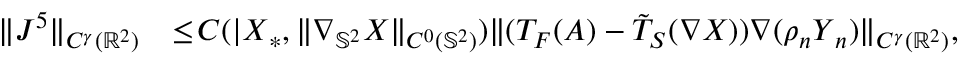
\begin{array} { r l } { \| J ^ { 5 } \| _ { C ^ { \gamma } ( \mathbb { R } ^ { 2 } ) } } & { \leq \! C ( | \boldsymbol { X } _ { * } , \| \nabla _ { \mathbb { S } ^ { 2 } } \boldsymbol { X } \| _ { C ^ { 0 } ( \mathbb { S } ^ { 2 } ) } ) \| ( T _ { F } ( A ) - \tilde { T } _ { S } ( \nabla \boldsymbol { X } ) ) \nabla ( \rho _ { n } \boldsymbol { Y } _ { n } ) \| _ { C ^ { \gamma } ( \mathbb { R } ^ { 2 } ) } , } \end{array}